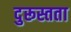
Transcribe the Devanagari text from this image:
दुरूस्तता